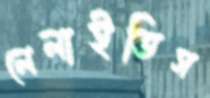
লেলাইতিস